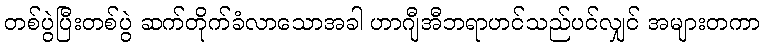
တစ်ပွဲပြီးတစ်ပွဲ ဆက်တိုက်ခံလာသောအခါ ဟာဂျီအီဘရာဟင်သည်ပင်လျှင် အများတကာ